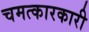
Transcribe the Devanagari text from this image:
चमत्कारकारी